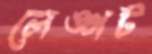
লেঙ্গট